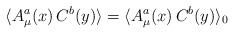
LaTeX: \begin{align*}\langle A^a_\mu(x) \, C^b(y) \rangle = \langle A^a_\mu(x) \, C^b(y) \rangle_0\end{align*}